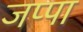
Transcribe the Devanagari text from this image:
जप्पा